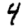
Digit: 4